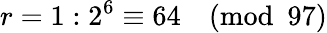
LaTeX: r=1:2^{6}\equiv 64{\pmod{97}}